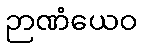
ဉာဏံယေဝ